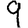
Digit: 9